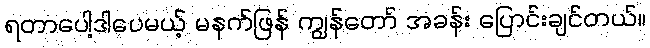
ရတာပေါ့ဒါပေမယ့် မနက်ဖြန် ကျွန်တော် အခန်း ပြောင်းချင်တယ်။